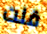
قلت